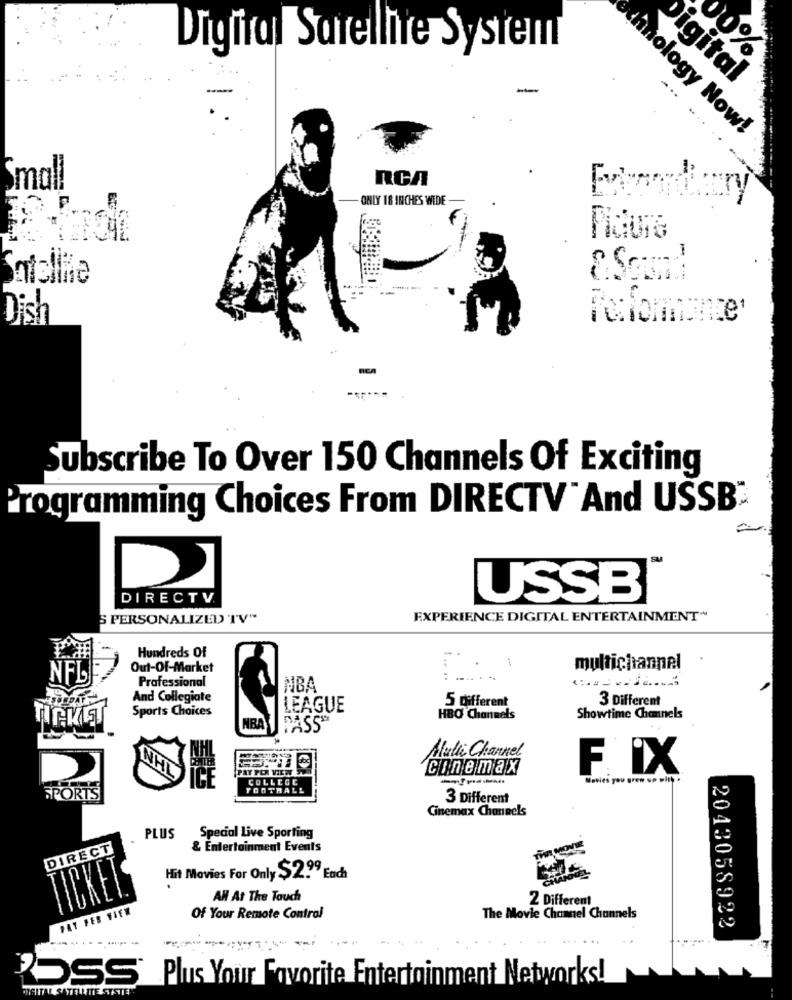
Digital Sareilite System
1%
Digital
--
-..
chnology Now!
RCA
Small
ONLY 18 INCHES WIDE
Pidura
Satellite
C.Soon!
Dish
Fenommance'
Subscribe To Over 150 Channels Of Exciting
Programming Choices From DIRECTV" And USSB
DIRECTV.
USSB
S PERSONALIZED TV"
EXPERIENCE DIGITAL ENTERTAINMENT"
Hundreds Of
Out-Of-Market
multichannel
Professional
... ..
. ..
NBA
And Collegiate
5 different
3 Different
Sports Choices
LEAGUE
HBO Channels
Showtime Channels
DASS
Multi Channel
PAY PER VIEW SU
Cinemax
FIX
COLLEGE
es you arew up
FOOTBALL
SPORTS
3 Different
Cinemax Channels
PLUS
Special Live Sporting
DIRECT
& Entertainment Events
Hit Movies For Only $2.99 Each
AN At The Tauch
2 Different
PAY PER VIEW
Of Your Remote Control
The Movie Channel Channels
2043058922
BOSS" Plus Your Favorite Entertainment Networks!